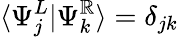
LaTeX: \langle\Psi_{j}^{L}|\Psi_{k}^{\mathbb{R}}\rangle=\delta_{jk}